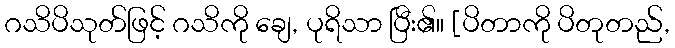
ဂသိပိသုတ်ဖြင့် ဂသိကို ချေ, ပုရိသာ ပြီး၏။ [ပိတာကို ပိတုတည်,